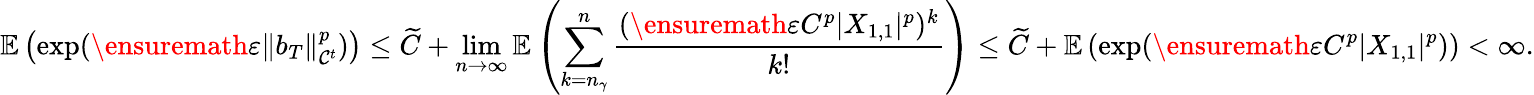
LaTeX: \mathbb{E}\left(\exp(\ensuremath{\varepsilon}\| b_{T}\| _{\mathcal{C}^{t}}^{p})\right)\le\widetilde C+\operatorname*{lim}_{n\to\infty}\mathbb{E}\left(\sum_{k=n_{\gamma}}^{n}\frac{(\ensuremath{\varepsilon}C^{p}|X_{1,1}|^{p})^{k}}{k!}\right)\le\widetilde C+\mathbb{E}\left(\exp(\ensuremath{\varepsilon}C^{p}|X_{1,1}|^{p})\right)<\infty.